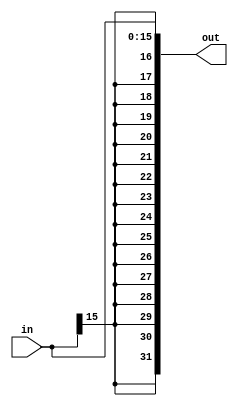

module signext16 ( in, out);

input [15:0] in;
output [31:0] out;

assign out={{16{in[15]}},in[15:0]};

endmodule